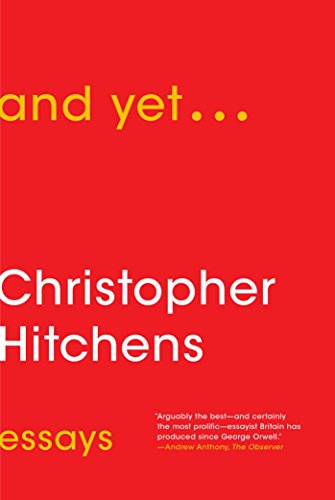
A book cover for And Yet...: Essays; Christopher Hitchens; Literature & Fiction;